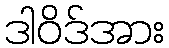
ဒါဝိဒ်အား